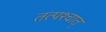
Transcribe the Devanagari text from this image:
तत्पश्‍चात्